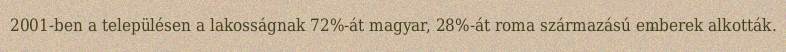
2001-ben a településen a lakosságnak 72%-át magyar, 28%-át roma származású emberek alkották.